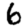
Digit: 6